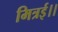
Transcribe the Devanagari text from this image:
मित्रई।।